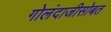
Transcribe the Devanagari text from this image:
गोलंदाजीसोबत